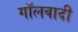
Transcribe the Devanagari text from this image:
गॉलवादी